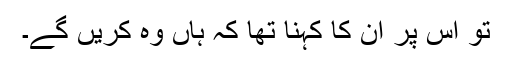
تو اس پر ان کا کہنا تھا کہ ہاں وہ کریں گے۔